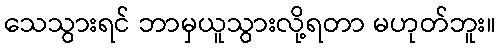
သေသွားရင် ဘာမှယူသွားလို့ရတာ မဟုတ်ဘူး။